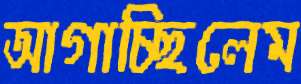
আগাচ্ছিলেম